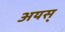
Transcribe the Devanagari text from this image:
अयस्‌